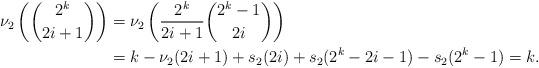
LaTeX: \begin{align*}\nu_2\left({2^k\choose 2i+1}\right)&=\nu_2\left(\frac{2^k}{2i+1}{2^k-1\choose 2i}\right)\\ &=k-\nu_2(2i+1)+s_2(2i)+s_2(2^k-2i-1)-s_2(2^k-1)=k.\end{align*}